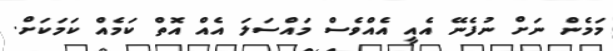
މަމެން ނަށް ނުފެނޭ އެއީ އެއްވެސް މައްސަަލަ އެއް އޮތް ކަމެއް ކަމަކަށް.